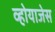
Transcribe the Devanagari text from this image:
व्होयाजेस